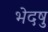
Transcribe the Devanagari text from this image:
भेदषु